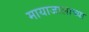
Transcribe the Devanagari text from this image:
मायाजालाच्या